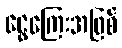
ငွေကြေးအဖြစ်